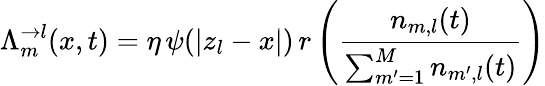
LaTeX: \Lambda_{m}^{\rightarrow l}(x,t)=\eta\, \psi(|z_{l}-x|)\, r\left(\frac{n_{m,l}(t)}{\sum_{m^{\prime}=1}^{M}n_{m^{\prime},l}(t)}\right)